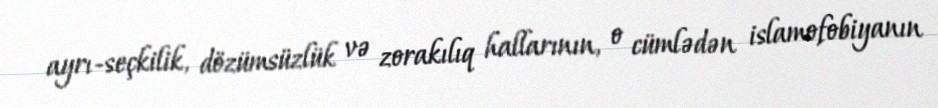
ayrı-seçkilik, dözümsüzlük və zorakılıq hallarının, o cümlədən islamofobiyanın